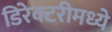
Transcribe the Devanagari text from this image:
डिरेक्टरीमध्ये